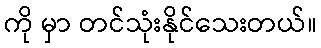
ကို မှာ တင်သုံးနိုင်သေးတယ်။